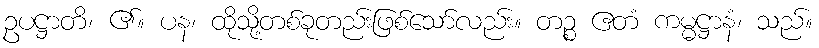
ဥပဋ္ဌာတိ၊ ၏။ ပန၊ ထိုသို့တစ်ခုတည်းဖြစ်သော်လည်း။ တဉ္စ ဧတံ ကမ္မဋ္ဌာနံ၊ သည်။